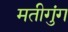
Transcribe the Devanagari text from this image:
मतीगुंग